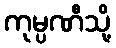
ကုမ္ပဏီသို့